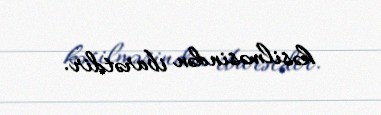
kəsilməsindən ibarətdir.